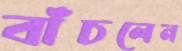
বাঁচলেন